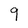
Character: 9